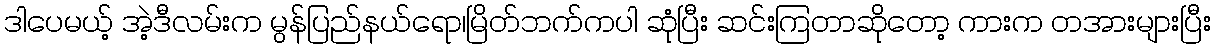
ဒါပေမယ့် အဲ့ဒီလမ်းက မွန်ပြည်နယ်ရော၊မြိတ်ဘက်ကပါ ဆုံပြီး ဆင်းကြတာဆိုတော့ ကားက တအားများပြီး